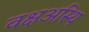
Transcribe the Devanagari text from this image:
वक्षअस्थि